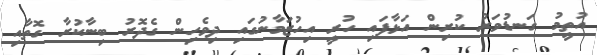
އުތީމު ގަނޑުވަރު ކުރިން އަޅާފައި ހުރީ އިހުޒަމާނުގައި ދިވެހިން ގެދޮރު ބިނާކުރާ ގޮތާއި